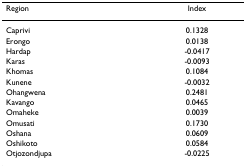
<table><thead><tr><td><b>Region</b></td><td><b>Index</b></td></tr></thead><tbody><tr><td>Caprivi</td><td>0.1328</td></tr><tr><td>Erongo</td><td>0.0138</td></tr><tr><td>Hardap</td><td>-0.0417</td></tr><tr><td>Karas</td><td>-0.0093</td></tr><tr><td>Khomas</td><td>0.1084</td></tr><tr><td>Kunene</td><td>-0.0032</td></tr><tr><td>Ohangwena</td><td>0.2481</td></tr><tr><td>Kavango</td><td>0.0465</td></tr><tr><td>Omaheke</td><td>0.0039</td></tr><tr><td>Omusati</td><td>0.1730</td></tr><tr><td>Oshana</td><td>0.0609</td></tr><tr><td>Oshikoto</td><td>0.0584</td></tr><tr><td>Otjozondjupa</td><td>-0.0225</td></tr></tbody></table>